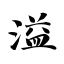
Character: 溢